Annual administration report of the Civil Veterinary Department of India - 1896-1897
Year: 1896
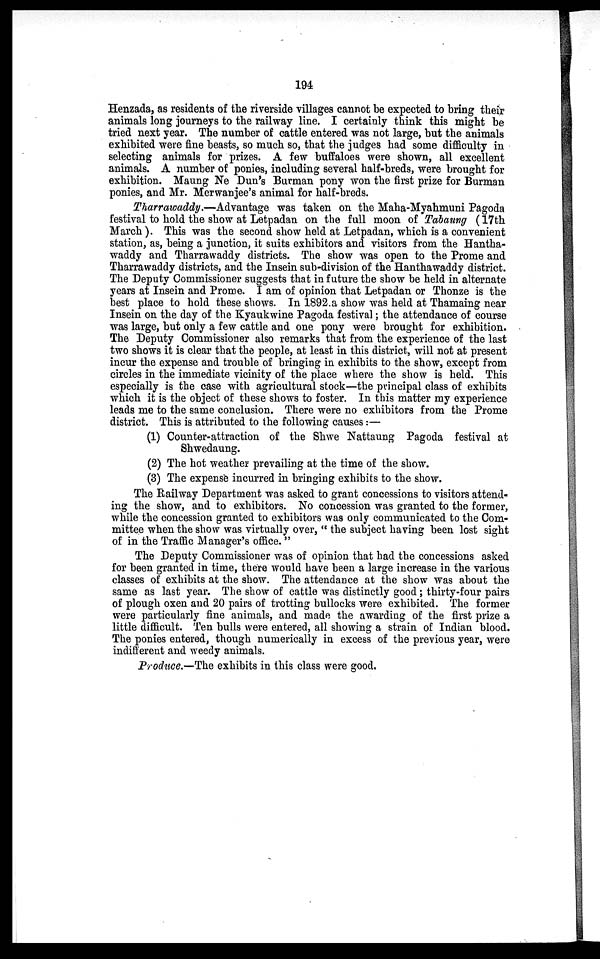
194
Henzada, as residents of the riverside villages cannot be expected to bring their
animals long journeys to the railway line. I certainly think this might be
tried next year. The number of cattle entered was not large, but the animals
exhibited were fine beasts, so much so, that the judges had some difficulty in
selecting animals for prizes. A few buffaloes were shown, all excellent
animals. A number of ponies, including several half-breds, were brought for
exhibition. Maung Ne Dun's Burman pony won the first prize for Burman
ponies, and Mr. Merwanjee's animal for half-breds.
Tharrawaddy.—Advantage was taken on the Maha-Myahmuni Pagoda
festival to hold the show at Letpadan on the full moon of Tabaung (17th
March). This was the second show held at Letpadan, which is a convenient
station, as, being a junction, it suits exhibitors and visitors from the Hantha-
waddy and Tharrawaddy districts. The show was open to the Prome and
Tharrawaddy districts, and the Insein sub-division of the Hanthawaddy district.
The Deputy Commissioner suggests that in future the show be held in alternate
years at Insein and Prome. I am of opinion that Letpadan or Thonze is the
best place to hold these shows. In 1892 a show was held at Thamaing near
Insein on the day of the Kyaukwine Pagoda festival; the attendance of course
was large, but only a few cattle and one pony were brought for exhibition.
The Deputy Commissioner also remarks that from the experience of the last
two shows it is clear that the people, at least in this district, will not at present
incur the expense and trouble of bringing in exhibits to the show, except from
circles in the immediate vicinity of the place where the show is held. This
especially is the case with agricultural stock—the principal class of exhibits
which it is the object of these shows to foster. In this matter my experience
leads me to the same conclusion. There were no exhibitors from the Prome
district. This is attributed to the following causes :—
(1) Counter-attraction of the Shwe Nattaung Pagoda festival at
Shwedaung.
(2) The hot weather prevailing at the time of the show.
(3) The expense incurred in bringing exhibits to the show.
The Railway Department was asked to grant concessions to visitors attend-
ing the show, and to exhibitors. No concession was granted to the former,
while the concession granted to exhibitors was only communicated to the Com-
mittee when the show was virtually over, " the subject having been lost sight
of in the Traffic Manager's office. "
The Deputy Commissioner was of opinion that had the concessions asked
for been granted in time, there would have been a large increase in the various
classes of exhibits at the show. The attendance at the show was about the
same as last year. The show of cattle was distinctly good ; thirty-four pairs
of plough oxen and 20 pairs of trotting bullocks were exhibited. The former
were particularly fine animals, and made the awarding of the first prize a
little difficult. Ten bulls were entered, all showing a strain of Indian blood.
The ponies entered, though numerically in excess of the previous year, were
indifferent and weedy animals.
Produce.—The exhibits in this class were good.